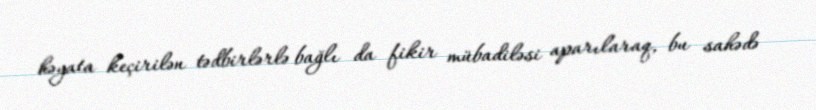
həyata keçirilən tədbirlərlə bağlı da fikir mübadiləsi aparılaraq, bu sahədə